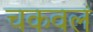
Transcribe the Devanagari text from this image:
चकवलं